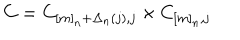
C = C _ { [ m ] _ { n } + \Delta _ { n } ( j ) , j } \times C _ { [ m ] _ { n } , j }